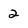
Character: 2